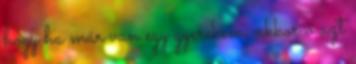
hogy ha már van egy gyerekem, akkor ő azt